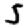
Digit: 5